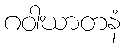
ဂဝါဃာတနံ